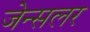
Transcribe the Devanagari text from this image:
जेन्सलर